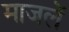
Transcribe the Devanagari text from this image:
माजलें